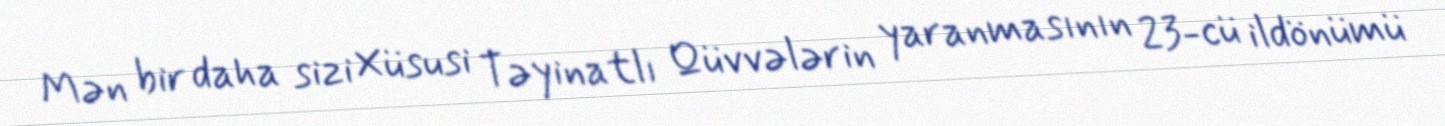
Mən bir daha sizi Xüsusi Təyinatlı Qüvvələrin yaranmasının 23-cü ildönümü